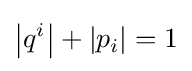
\left|q^{i}\right|+\left|p_{i}\right|=1